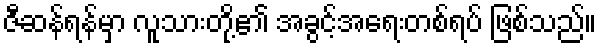
ဇီဆန်ရန်မှာ လူသားတို့၏ အခွင့်အရေးတစ်ရပ် ဖြစ်သည်။